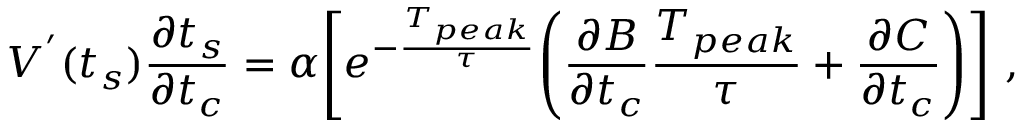
V ^ { ' } ( t _ { s } ) \frac { \partial t _ { s } } { \partial t _ { c } } = \alpha \Bigg [ e ^ { - \frac { T _ { p e a k } } { \tau } } \Bigg ( \frac { \partial B } { \partial t _ { c } } \frac { T _ { p e a k } } { \tau } + \frac { \partial C } { \partial t _ { c } } \Bigg ) \Bigg ] ~ ,